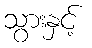
သွားနှင့်